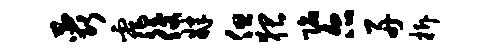
蕊霏後肄但猥陷尔舟拆